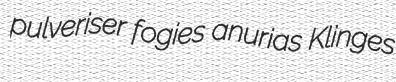
pulveriser fogies anurias Klinges